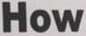
How